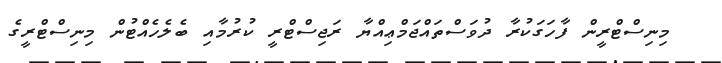
މިނިސްޓްރީން ފާހަގަކުރާ ދުވަސްތައްޖަމްޢިއްޔާ ރަޖިސްޓްރީ ކުރުމާއި ބެލެހެއްޓުން މިނިސްޓްރީގެ